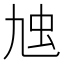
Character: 𧈤